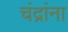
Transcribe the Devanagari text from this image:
चंद्रांना